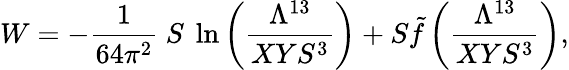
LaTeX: W=-{\frac{1}{64\pi^{2}}}\ S\ \ln\left({\frac{\Lambda^{13}}{XYS^{3}}}\right)+S{\tilde{f}}\left({\frac{\Lambda^{13}}{XYS^{3}}}\right),